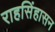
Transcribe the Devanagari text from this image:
राहसिंहासन